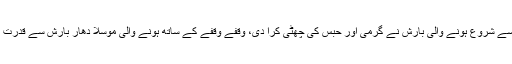
لاہور میں رات گئے سے شروع ہونے والی بارش نے گرمی اور حبس کی چھٹی کرا دی، وقفے وقفے کے ساتھ ہونے والی موسلا دھار بارش سے قدرت کے رنگ نکھر گئے۔